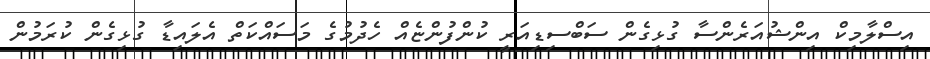
އިސްލާމިކް އިންޝުއަރެންސާ ގުޅިގެން ސަބްސިޑިއަރީ ކުންފުންޏެއް ހެދުމުގެ މަސައްކަތް އެލައިޑާ ގުޅިގެން ކުރަމުން